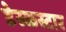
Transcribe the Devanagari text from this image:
डेस्कस्टार